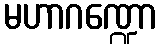
မဟာဂဏ္ဍော